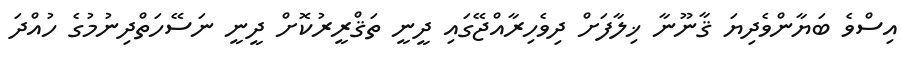
އިސްވެ ބަޔާންވެދިޔަ ޤާނޫނާ ޚިލާފަށް ދިވެހިރާއްޖޭގައި ދީނީ ތަޤްރީރުކޮށް ދީނީ ނަސޭހަތްދިނުމުގެ ހުއްދަ